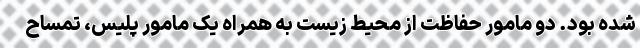
شده بود. دو مامور حفاظت از محیط زیست به همراه یک مامور پلیس، تمساح